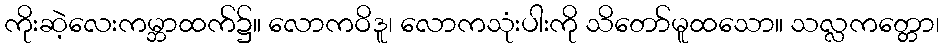
ကိုးဆဲ့လေးကမ္ဘာထက်၌။ လောကဝိဒူ၊ လောကသုံးပါးကို သိတော်မူထသော။ သလ္လကတ္တော၊